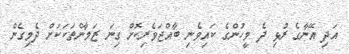
އަދި އޭނާގެ ރުޅި ދެ މީހުންގެ ކައިވެނި ބާއްޖަވެރިކޮށް ގިނަ ޒަމާންތަކަކަށް ދެމިގެން